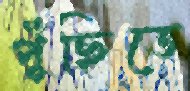
পুঁছিতে